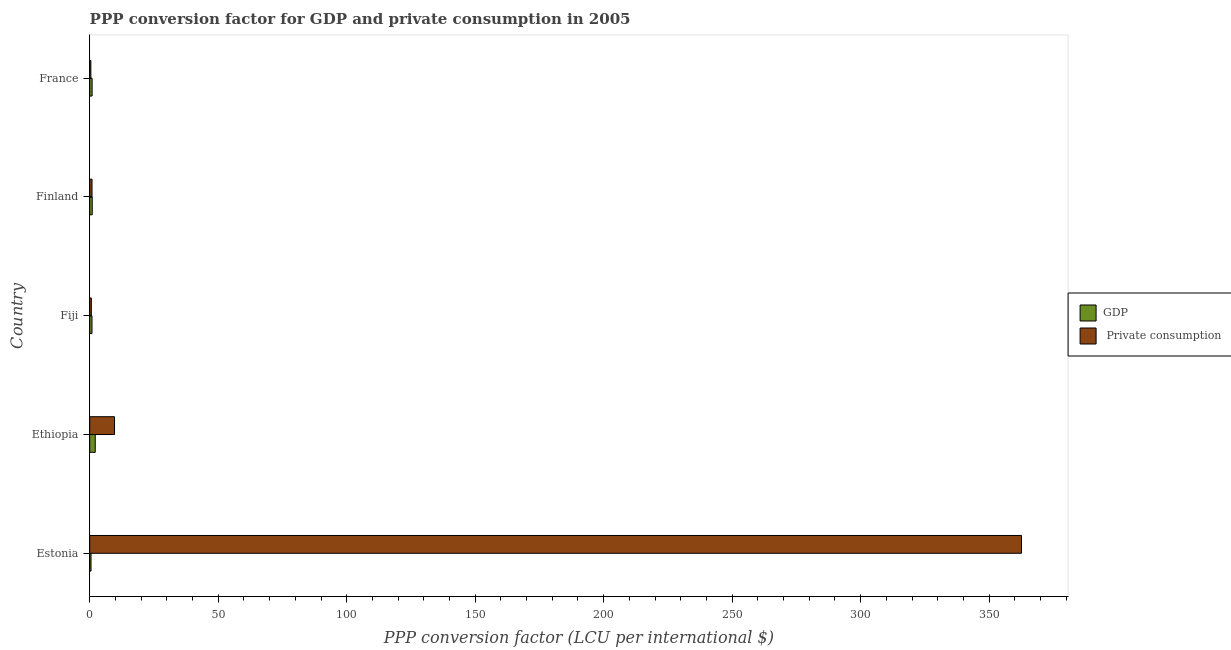
| Country | GDP |  Private consumption |
 | --- | --- | --- |
 | Estonia | 0.502 | 363 |
 | Ethiopia | 2.14 | 9.65 |
 | Fiji | 0.883 | 0.625 |
 | Finland | 0.977 | 0.897 |
 | France | 0.923 | 0.442 |